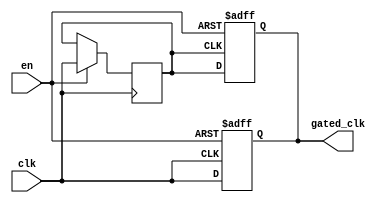
module clock_gating_buffer (
    input wire clk,        // Primary clock input
    input wire en,         // Enable signal
    output reg gated_clk   // Gated clock output
);

// Internal signal to hold the gated clock state
reg clk_prev;

always @(posedge clk or negedge en) begin
    if (!en) begin
        gated_clk <= 1'b0; // When enable is low, hold the gated clock low
    end else begin
        gated_clk <= clk;   // Pass the clock through when enabled
    end
end

// Optional: To avoid glitches, we can use a flip-flop to synchronize the gated clock
always @(posedge clk) begin
    if (en) begin
        clk_prev <= clk;    // Store the previous clock state when enabled
    end
end

// Final gated clock output logic
always @(posedge clk_prev or negedge en) begin
    if (!en) begin
        gated_clk <= 1'b0;  // Hold low when disabled
    end else begin
        gated_clk <= clk_prev; // Pass the previous clock state when enabled
    end
end

endmodule